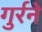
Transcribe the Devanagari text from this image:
गुर्रने